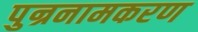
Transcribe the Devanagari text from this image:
पुन्रनामकरण